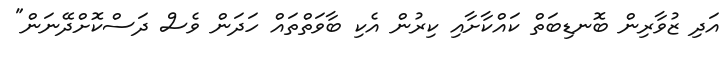
އަދި ޒުވާރިން ބޮނޑިބަތް ކައްކާށާއި ކިރުން އެކި ބާވަތްތައް ހަދަން ވެސް ދަސްކޮށްދޭނަން"